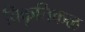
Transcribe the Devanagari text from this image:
विकृतिकळ